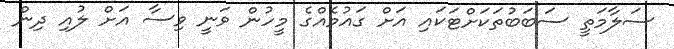
ސަލާމަތީ ސަބަބުތަކަށްޓަކައި އަށް ގައުމެއްގެ މީހުން ވަނީ ވިސާ އަށް ލުއި ދިން